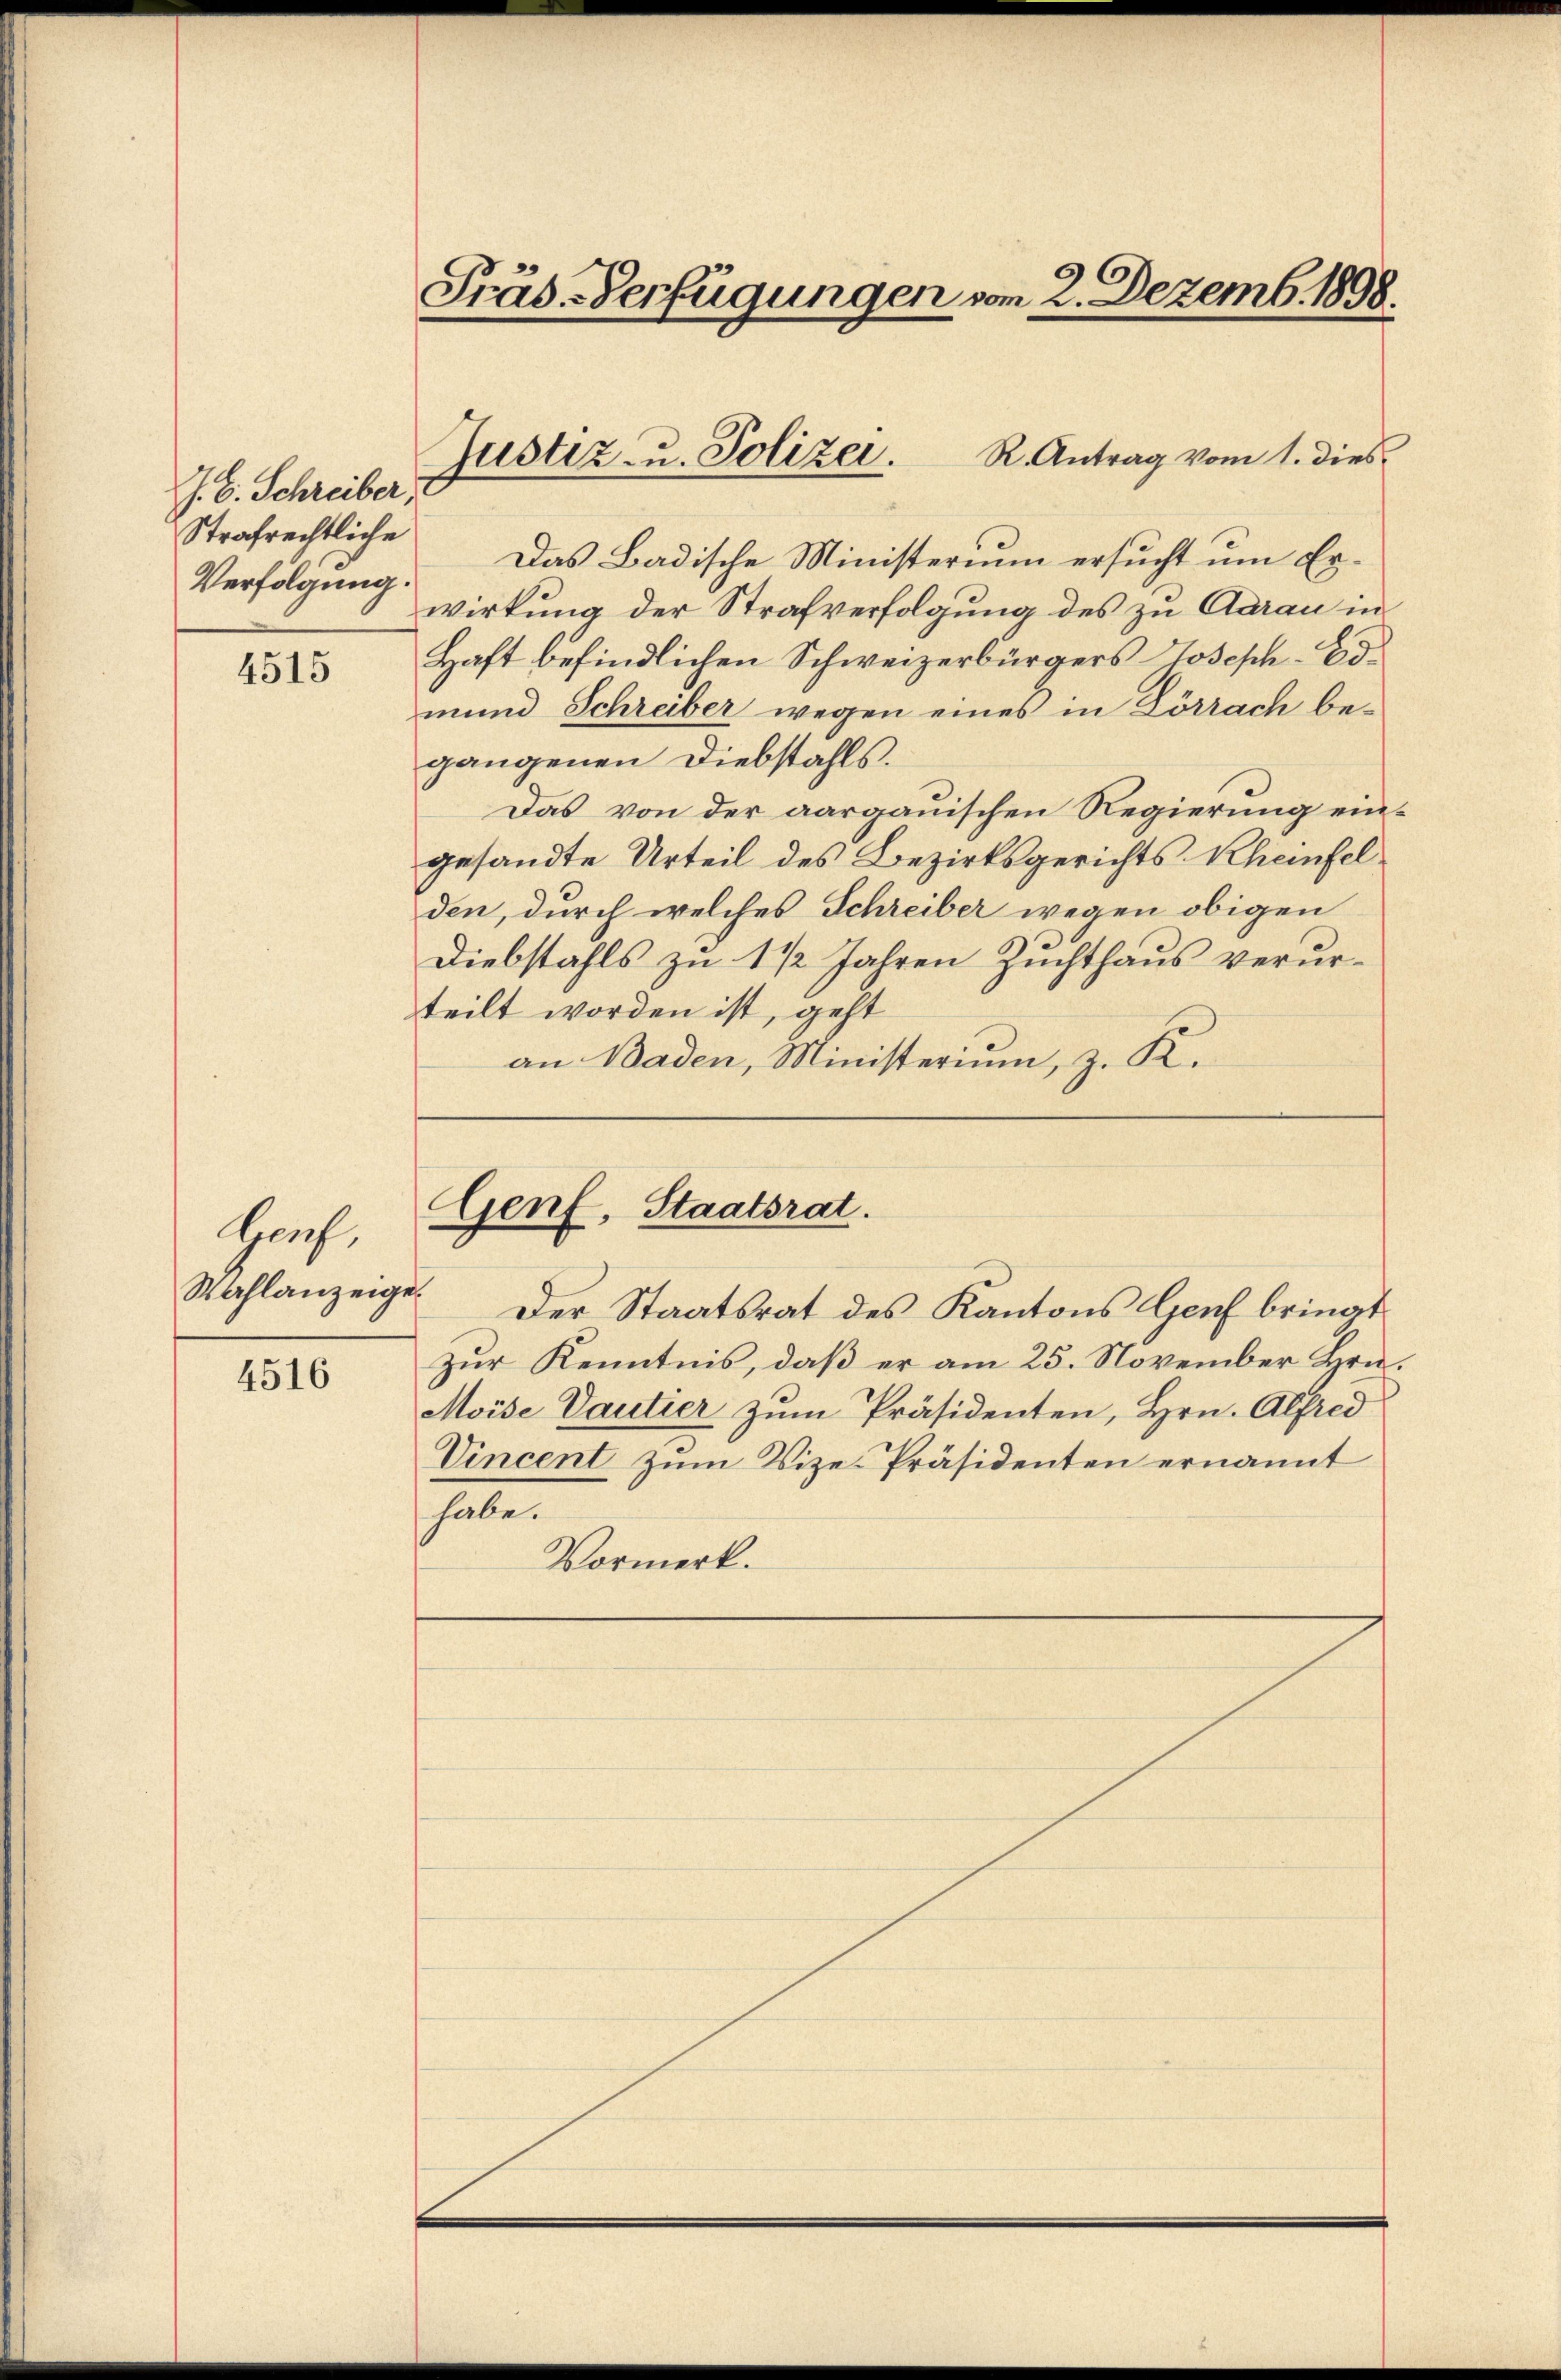
J. C. Schreiber
Strafrechtliche

4515

Genf,
Wahlanzeige

4516

Präs-Verfügungen vom 2. Dezemb. 1898.

Verfolgung. Das Badische Ministerium ersucht um Erwirkung der Strafverfolgung des zu Aarau in
Haft befindlichen Schweizerbürgers Joseph Ed.
mund Schreiber wegen eines in Lörrach be-
gangenen Diebstahls.
Das von der aargauischen Regierung eingesandte Urteil des Bezirksgerichts Rheinfel
den, durch welches Schreiber wegen obigen
Diebstahls zu 1 1/2 Jahren Zuchthaus verurteilt worden ist, geht
an Baden, Ministerium, z. K.

R. Antrag vom 1. dies
Justiz- u. Polizei.

Genf, Staatsrat.

Der Staatsrat des Kantons Genf bringt
zur Kenntnis, daß er am 25. November Hrn.
Moise Vautier zum Präsidenten, Hrn. Alfred
Vincent zum Vize-Präsidenten ernannt
habe.
Vormerk.